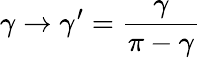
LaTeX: \gamma\to\gamma^{\prime}=\frac{\gamma}{\pi-\gamma}